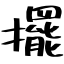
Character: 擺